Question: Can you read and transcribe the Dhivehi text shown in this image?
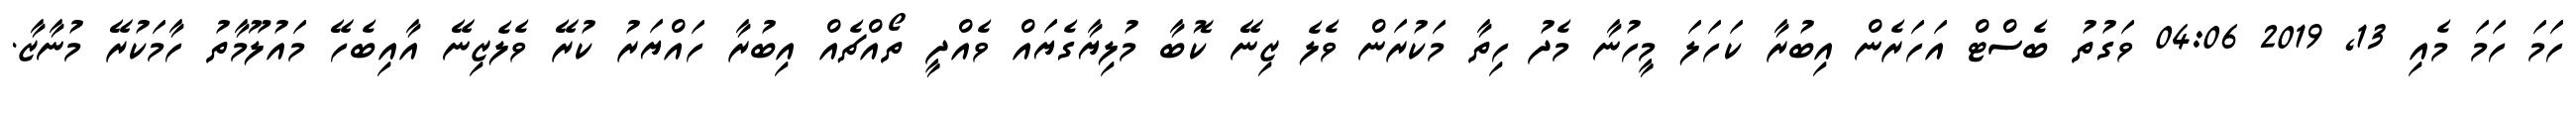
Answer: ހަމަ ހަމަ މެއި 13, 2019 04:06 ވަގުތު ބެސްޓް އަހަރެން އިބުރާ ކަހަލަ މީހުނާ މެދު ހިތާ މަކުރަން ވެލެ ޒިނޭ ކޮބާ މުލިޔާގެޔައް ވެއްދީ ތޯއްޗެއް އިބުރާ ހައްޔަރު ކުރޭ ވެލެޒިނޭ އާއިބެހޭ މައުލޫމާތު ހާމަކުރޭ މުނާޒާ.